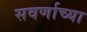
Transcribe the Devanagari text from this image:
सवर्णाच्या